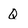
Character: Q